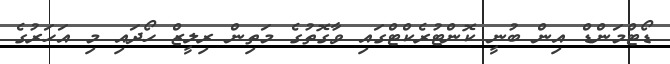
ޑޯޓްމަންޑް އިން ބުނީ ކޮންޓުރެކްޓްގައި ވާގޮތުގެ މަތިން ރިލީޒް ހޯދައި މި އަހަރުގެ